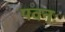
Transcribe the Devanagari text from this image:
पवनः